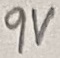
Text: 9V